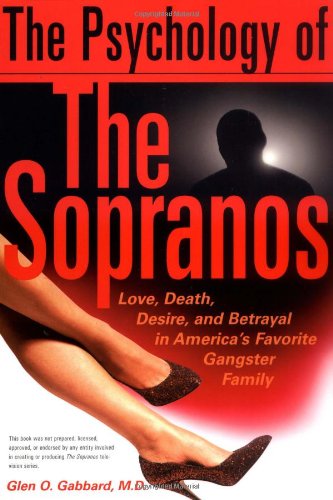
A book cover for The Psychology Of The Sopranos Love, Death,, Desire And Betrayal In America's Favorite Gangster Family; Glen Gabbard; Humor & Entertainment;